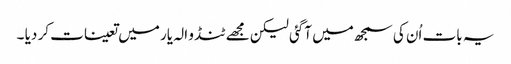
یہ بات اُن کی سمجھ میں آگئی لیکن مجھے ٹنڈو الہ یار میں تعینات کر دیا ۔